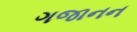
ગજાનન